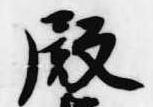
殿